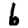
Digit: 6